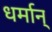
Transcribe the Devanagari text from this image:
धर्मान्